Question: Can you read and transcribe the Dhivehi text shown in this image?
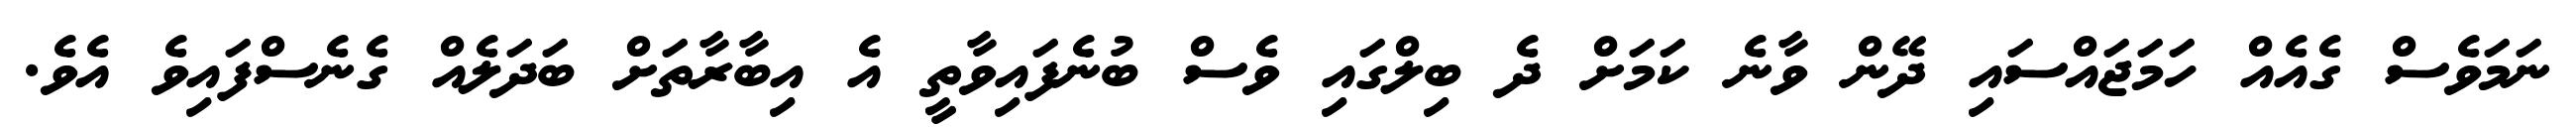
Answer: ނަމަވެސް ގެއެއް ހަމަޖައްސައި ދޭން ވާނެ ކަމަށް ދެ ބިލްގައި ވެސް ބުނެފައިވާތީ އެ އިބާރާތަށް ބަދަލެއް ގެނެސްފައިވެ އެވެ.